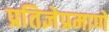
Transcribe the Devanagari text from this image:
प्रतिज्ञेप्रमाणे